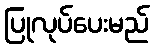
ပြုလုပ်ပေးမည်